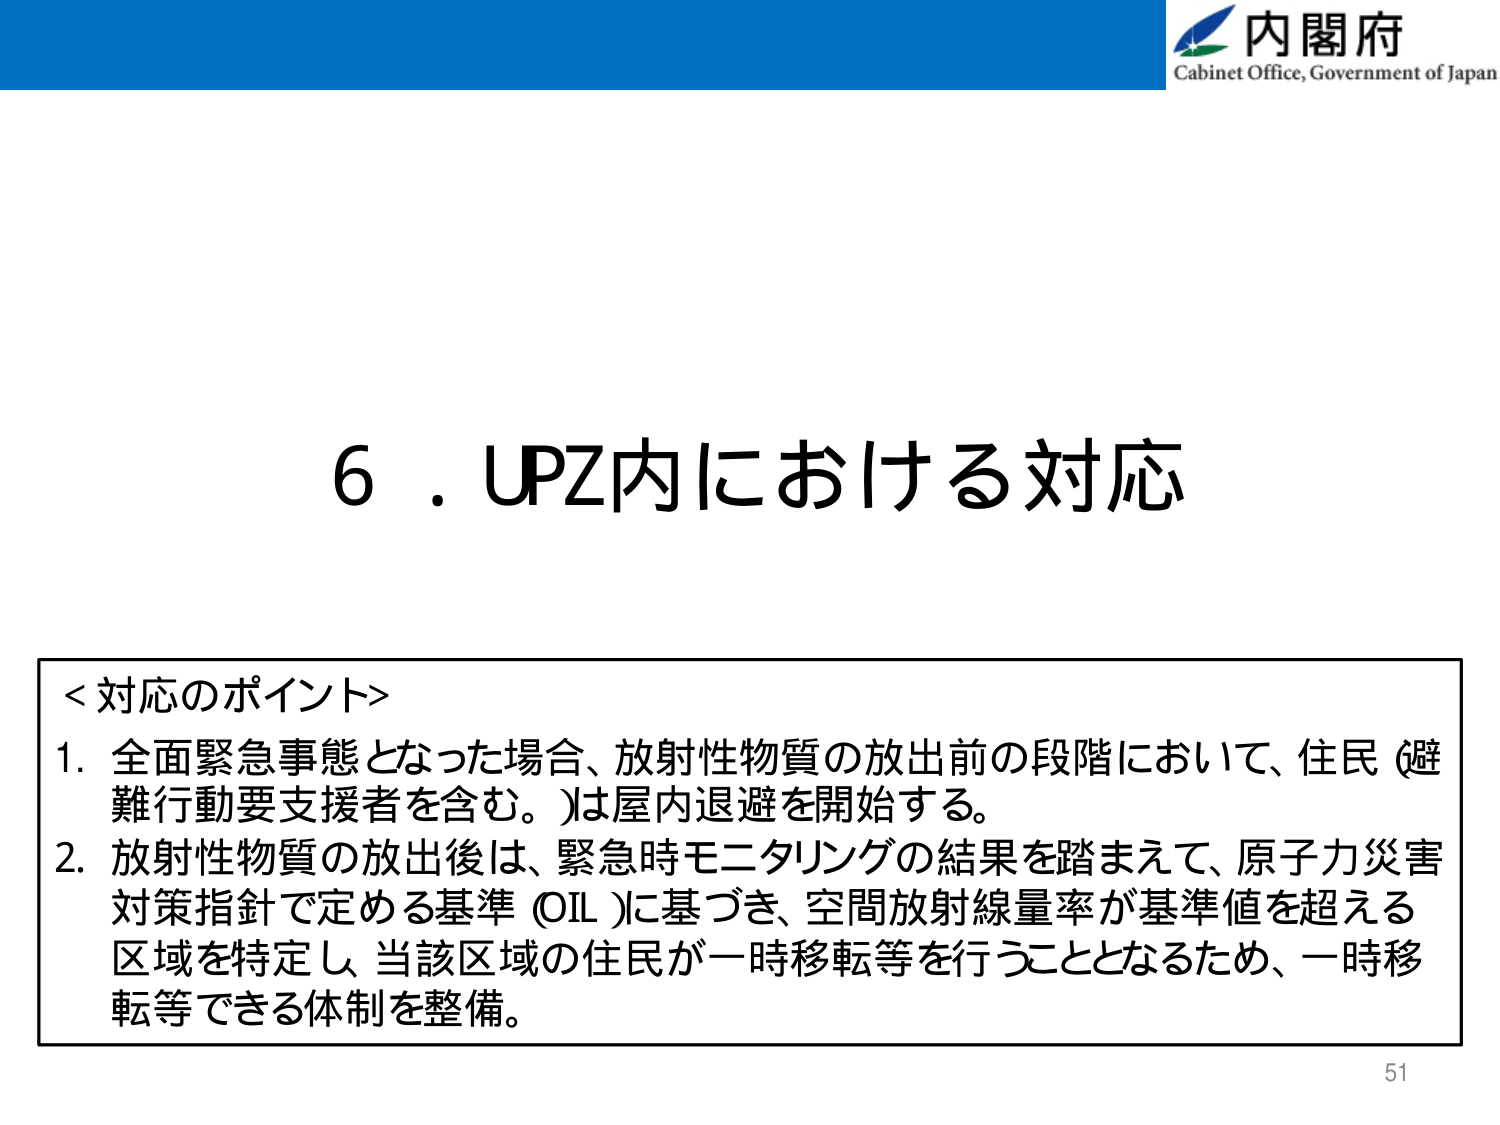
内閣府
Cabinet Office, Government of Japan

6．UPZ内における対応

＜対応のポイント＞
1. 全面緊急事態となった場合、放射性物質の放出前の段階において、住民（避難行動要支援者を含む。）は屋内退避を開始する。
2. 放射性物質の放出後は、緊急時モニタリングの結果を踏まえて、原子力災害対策指針で定める基準（OIL）に基づき、空間放射線量率が基準値を超える区域を特定し、当該区域の住民が一時移転等を行うこととなるため、一時移転等できる体制を整備。

51